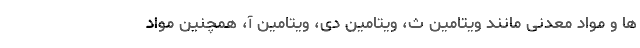
ها و مواد معدنی مانند ویتامین ث، ویتامین دی، ویتامین آ، همچنین مواد